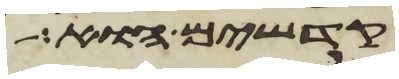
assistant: קדשים הוא